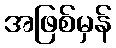
အဖြစ်မှန်